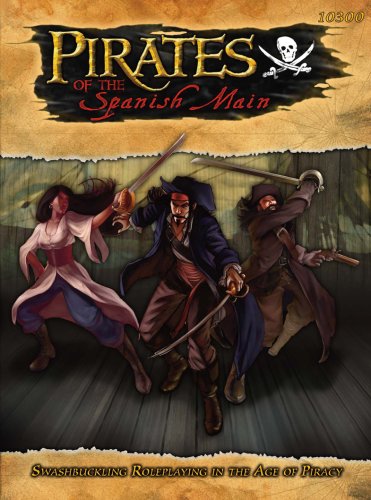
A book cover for Pirates of the Spanish Main RPG (S2P10300; Savage Worlds); Paul "Wiggy" Wade-Williams; Science Fiction & Fantasy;